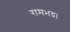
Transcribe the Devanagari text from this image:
रामभद्र।